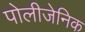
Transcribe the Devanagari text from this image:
पोलीजेनिक